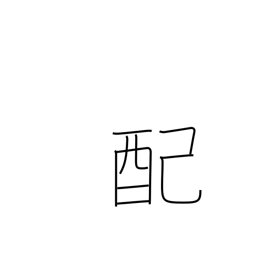
Meaning: rationing